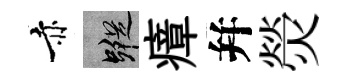
赤蹤瘴幷熒